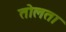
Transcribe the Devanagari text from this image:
तोलता